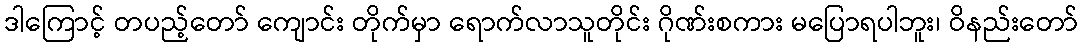
ဒါကြောင့် တပည့်တော် ကျောင်း တိုက်မှာ ရောက်လာသူတိုင်း ဂိုဏ်းစကား မပြောရပါဘူး၊ ဝိနည်းတော်